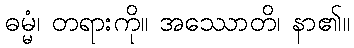
ဓမ္မံ၊ တရားကို။ အဿောတိ၊ နာ၏။